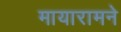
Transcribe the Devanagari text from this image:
मायारामने